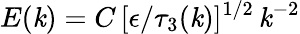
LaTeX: E(\mathit{k})=C\, [\epsilon/\tau_{3}(\mathit{k})]^{1/2}\, \mathit{k}^{-2}